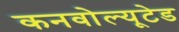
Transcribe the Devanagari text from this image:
कनवोल्यूटेड